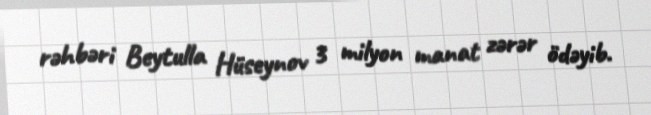
rəhbəri Beytulla Hüseynov 3 milyon manat zərər ödəyib.